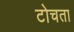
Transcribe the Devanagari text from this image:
टोचता